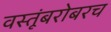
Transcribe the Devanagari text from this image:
वस्तूंबरोबरच